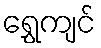
ရွှေကျင်